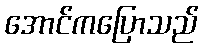
အောင်ကပြောသည်